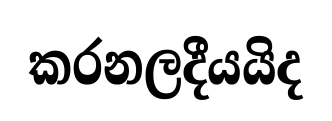
කරනලදීයයිද